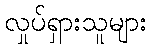
လှုပ်ရှားသူများ